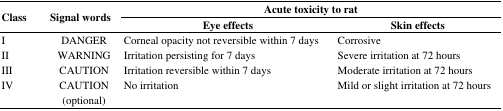
| <ROWSPAN=2> Class | <ROWSPAN=2> Signal words | <COLSPAN=2> Acute toxicity to rat |
 | Eye effects | Skin effects |
 | --- | --- | --- | --- |
 | I | DANGER | Corneal opacity not reversible within 7 days | Corrosive |
 | II | WARNING | Irritation persisting for 7 days | Severe irritation at 72 hours |
 | III | CAUTION | Irritation reversible within 7 days | Moderate irritation at 72 hours |
 | IV | CAUTION (optional) | No irritation | Mild or slight irritation at 72 hours |